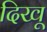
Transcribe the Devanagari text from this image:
दिखू